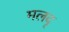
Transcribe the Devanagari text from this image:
मलदृ